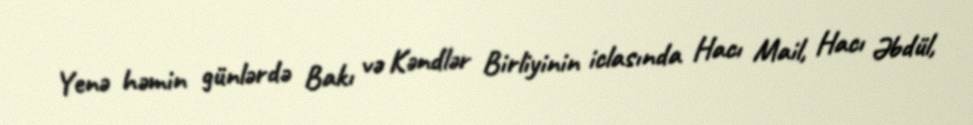
Yenə həmin günlərdə Bakı və Kəndlər Birliyinin iclasında Hacı Mail, Hacı Əbdül,